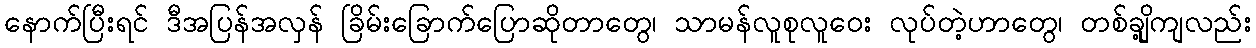
နောက်ပြီးရင် ဒီအပြန်အလှန် ခြိမ်းခြောက်ပြောဆိုတာတွေ၊ သာမန်လူစုလူဝေး လုပ်တဲ့ဟာတွေ၊ တစ်ချို့ကျလည်း